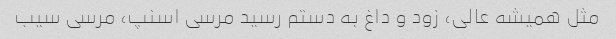
مثل همیشه عالی، زود و داغ به دستم رسید مرسی اسنپ، مرسی سیب